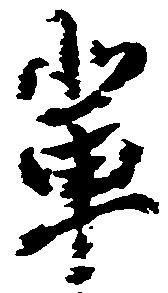
輩